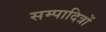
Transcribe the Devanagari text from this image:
सम्पादित्रों